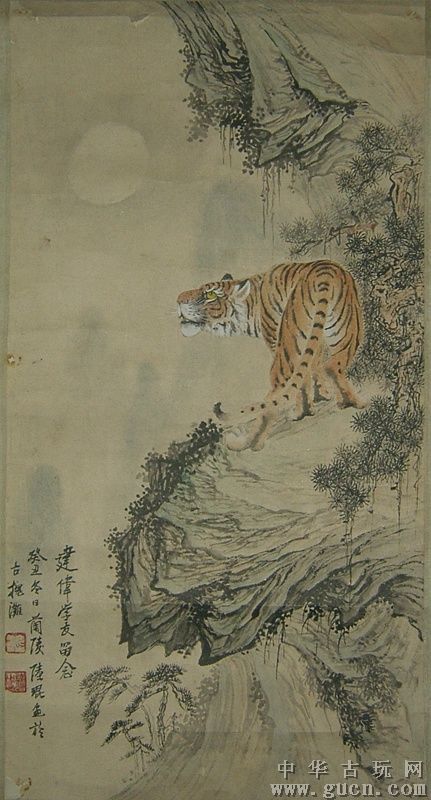
但愿苍生俱饱暖，不辞辛苦出山林。